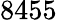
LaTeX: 8455